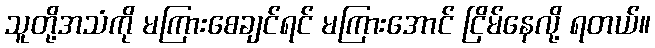
သူတို့အသံကို မကြားစေချင်ရင် မကြားအောင် ငြိမ်နေလို့ ရတယ်။